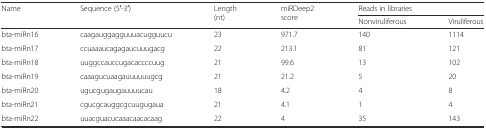
| <ROWSPAN=2> Name | <ROWSPAN=2> Sequence (5′-3′) | <ROWSPAN=2> Length (nt) | <ROWSPAN=2> miRDeep2 score | <COLSPAN=2> Reads in libraries |
 | Nonviruliferous | Viruliferous |
 | --- | --- | --- | --- | --- | --- |
 | bta-miRn16 | caagauggagguuuacugguucu | 23 | 971.7 | 140 | 1114 |
 | bta-miRn17 | ccuaaaucagagaucuuugacg | 22 | 213.1 | 81 | 121 |
 | bta-miRn18 | uuggccauccugacaccccuug | 21 | 99.6 | 13 | 102 |
 | bta-miRn19 | caaagucuaagauuuuuugcg | 21 | 21.2 | 5 | 20 |
 | bta-miRn20 | ugucgugaugauuuucau | 18 | 4.2 | 4 | 8 |
 | bta-miRn21 | cgucgcauggcgcuugugaua | 21 | 4.1 | 1 | 4 |
 | bta-miRn22 | uuacguacucaaacaacacaag | 22 | 4 | 35 | 143 |